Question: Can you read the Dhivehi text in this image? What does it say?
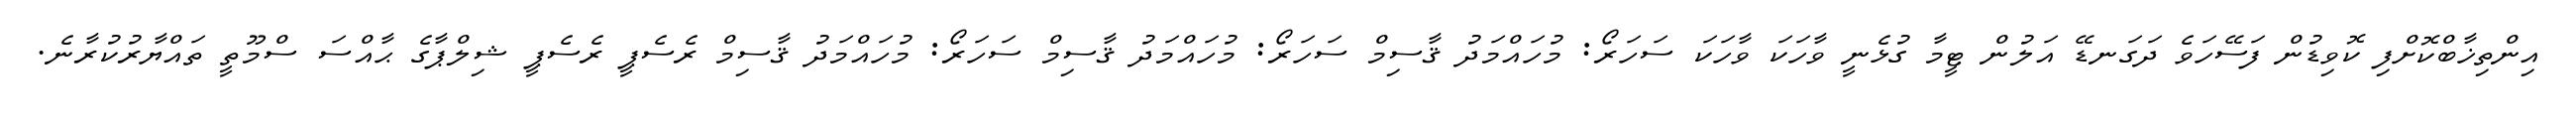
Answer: އިންތިޚާބްކޮށްފި ކޮވިޑުން ފަސޭހަވެ ދަގަނޑޭ އަލުން ޓީމާ ގުޅެނީ ވާހަކަ ވާހަކަ ސަހަރޯ: މުހައްމަދު ޤާސިމް ސަހަރޯ: މުހައްމަދު ޤާސިމް ސަހަރޯ: މުހައްމަދު ޤާސިމް ރެސެޕީ ރެސެޕީ ޝިލްޕާގެ ޙާއްސަ ސްމޫތީ ތައްޔާރުކުރާނެ.